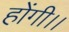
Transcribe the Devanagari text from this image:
होंगी।।